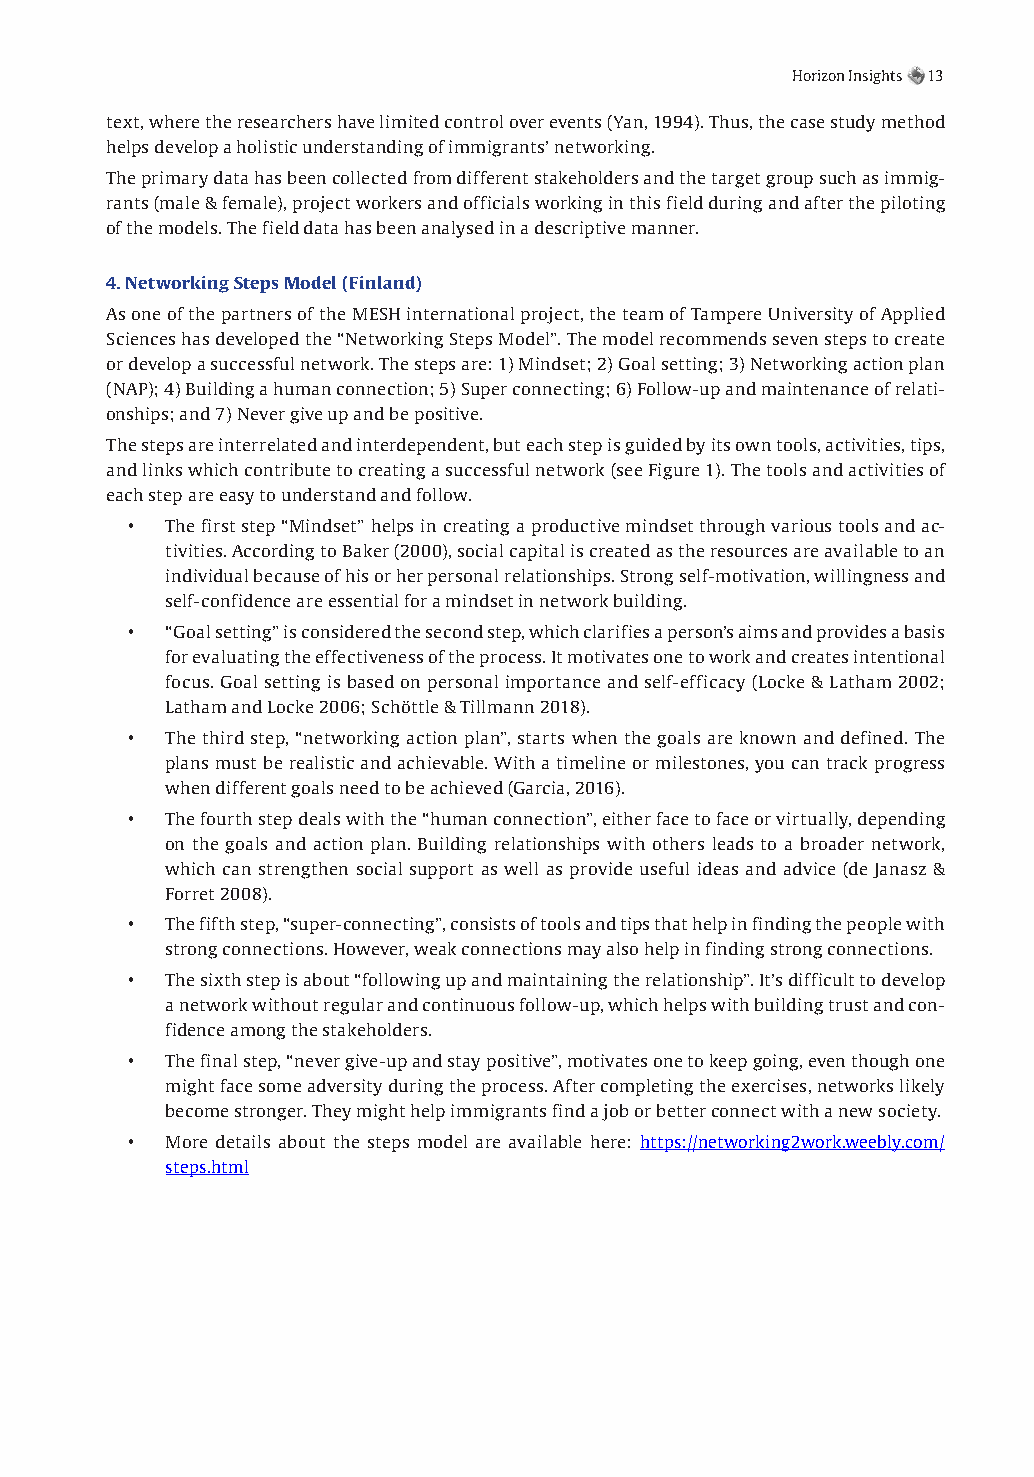
12                                                  Horizon Insights 13
 text, where the researchers have limited control over events (Yan, 1994). Thus, the case study method
 helps develop a holistic understanding of immigrants’ networking.
 The primary data has been collected from different stakeholders and the target group such as immig-
 rants (male & female), project workers and officials working in this field during and after the piloting
 of the models. The field data has been analysed in a descriptive manner.
 4. Networking Steps Model (Finland)
 As one of the partners of the MESH international project, the team of Tampere University of Applied
 Sciences has developed the “Networking Steps Model”. The model recommends seven steps to create
 or develop a successful network. The steps are: 1) Mindset; 2) Goal setting; 3) Networking action plan
 (NAP); 4) Building a human connection; 5) Super connecting; 6) Follow-up and maintenance of relati-
 onships; and 7) Never give up and be positive.
 The steps are interrelated and interdependent, but each step is guided by its own tools, activities, tips,
 and links which contribute to creating a successful network (see Figure 1). The tools and activities of
 each step are easy to understand and follow.
 •  The first step “Mindset” helps in creating a productive mindset through various tools and ac-
 tivities. According to Baker (2000), social capital is created as the resources are available to an
 individual because of his or her personal relationships. Strong self-motivation, willingness and
 self-confidence are essential for a mindset in network building.
 •  “Goal setting” is considered the second step, which clarifies a person’s aims and provides a basis
 for evaluating the effectiveness of the process. It motivates one to work and creates intentional
 focus. Goal setting is based on personal importance and self-efficacy (Locke & Latham 2002;
 Latham and Locke 2006; Schöttle & Tillmann 2018).
 •  The third step, “networking action plan”, starts when the goals are known and defined. The
 plans must be realistic and achievable. With a timeline or milestones, you can track progress
 when different goals need to be achieved (Garcia, 2016).
 •  The fourth step deals with the “human connection”, either face to face or virtually, depending
 on the goals and action plan. Building relationships with others leads to a broader network,
 which can strengthen social support as well as provide useful ideas and advice (de Janasz &
 Forret 2008).
 •  The fifth step, “super-connecting”, consists of tools and tips that help in finding the people with
 strong connections. However, weak connections may also help in finding strong connections.
 •  The sixth step is about “following up and maintaining the relationship”. It’s difficult to develop
 a network without regular and continuous follow-up, which helps with building trust and con-
 fidence among the stakeholders.
 •  The final step, “never give-up and stay positive”, motivates one to keep going, even though one
 might face some adversity during the process. After completing the exercises, networks likely
 become stronger. They might help immigrants find a job or better connect with a new society.
 •  More details about the steps model are available here: https://networking2work.weebly.com/
 steps.html